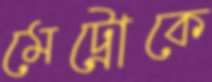
মেট্রোকে